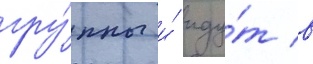
гру́ппы и́ иду́т в